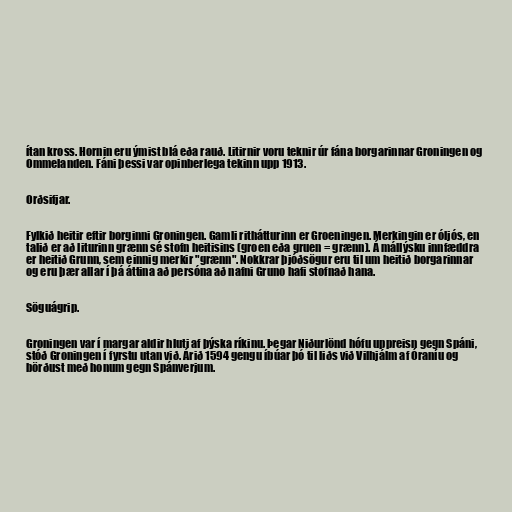
ítan kross. Hornin eru ýmist blá eða rauð. Litirnir voru teknir úr fána borgarinnar Groningen og
Ommelanden. Fáni þessi var opinberlega tekinn upp 1913.

Orðsifjar.

Fylkið heitir eftir borginni Groningen. Gamli rithátturinn er Groeningen. Merkingin er óljós, en
talið er að liturinn grænn sé stofn heitisins (groen eða gruen = grænn). Á mállýsku innfæddra
er heitið Grunn, sem einnig merkir "grænn". Nokkrar þjóðsögur eru til um heitið borgarinnar
og eru þær allar í þá áttina að persóna að nafni Gruno hafi stofnað hana.

Söguágrip.

Groningen var í margar aldir hluti af þýska ríkinu. Þegar Niðurlönd hófu uppreisn gegn Spáni,
stóð Groningen í fyrstu utan við. Árið 1594 gengu íbúar þó til liðs við Vilhjálm af Óraníu og
börðust með honum gegn Spánverjum.